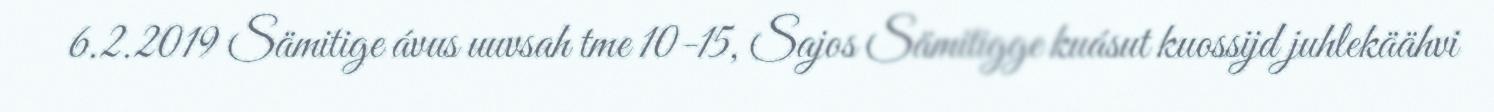
6.2.2019 Sämitige ávus uuvsah tme 10-15, Sajos Sämitigge kuásut kuossijd juhlekäähvi